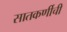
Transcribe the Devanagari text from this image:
सातकर्णीची